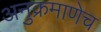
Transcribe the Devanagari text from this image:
अनुक्रमाणेच